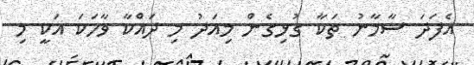
އެފަދަ ސާމާނު ތަކާ ގުޅިގެން މިއަދު މި ދައްކާ ވާހަކަ އަކީ މި